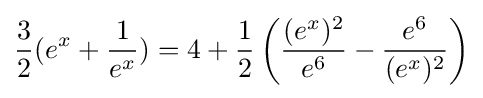
{\frac {3}{2}}(e^{x}+{\frac {1}{e^{x}}})=4+{\frac {1}{2}}\left({\frac {(e^{x})^{2}}{e^{6}}}-{\frac {e^{6}}{(e^{x})^{2}}}\right)